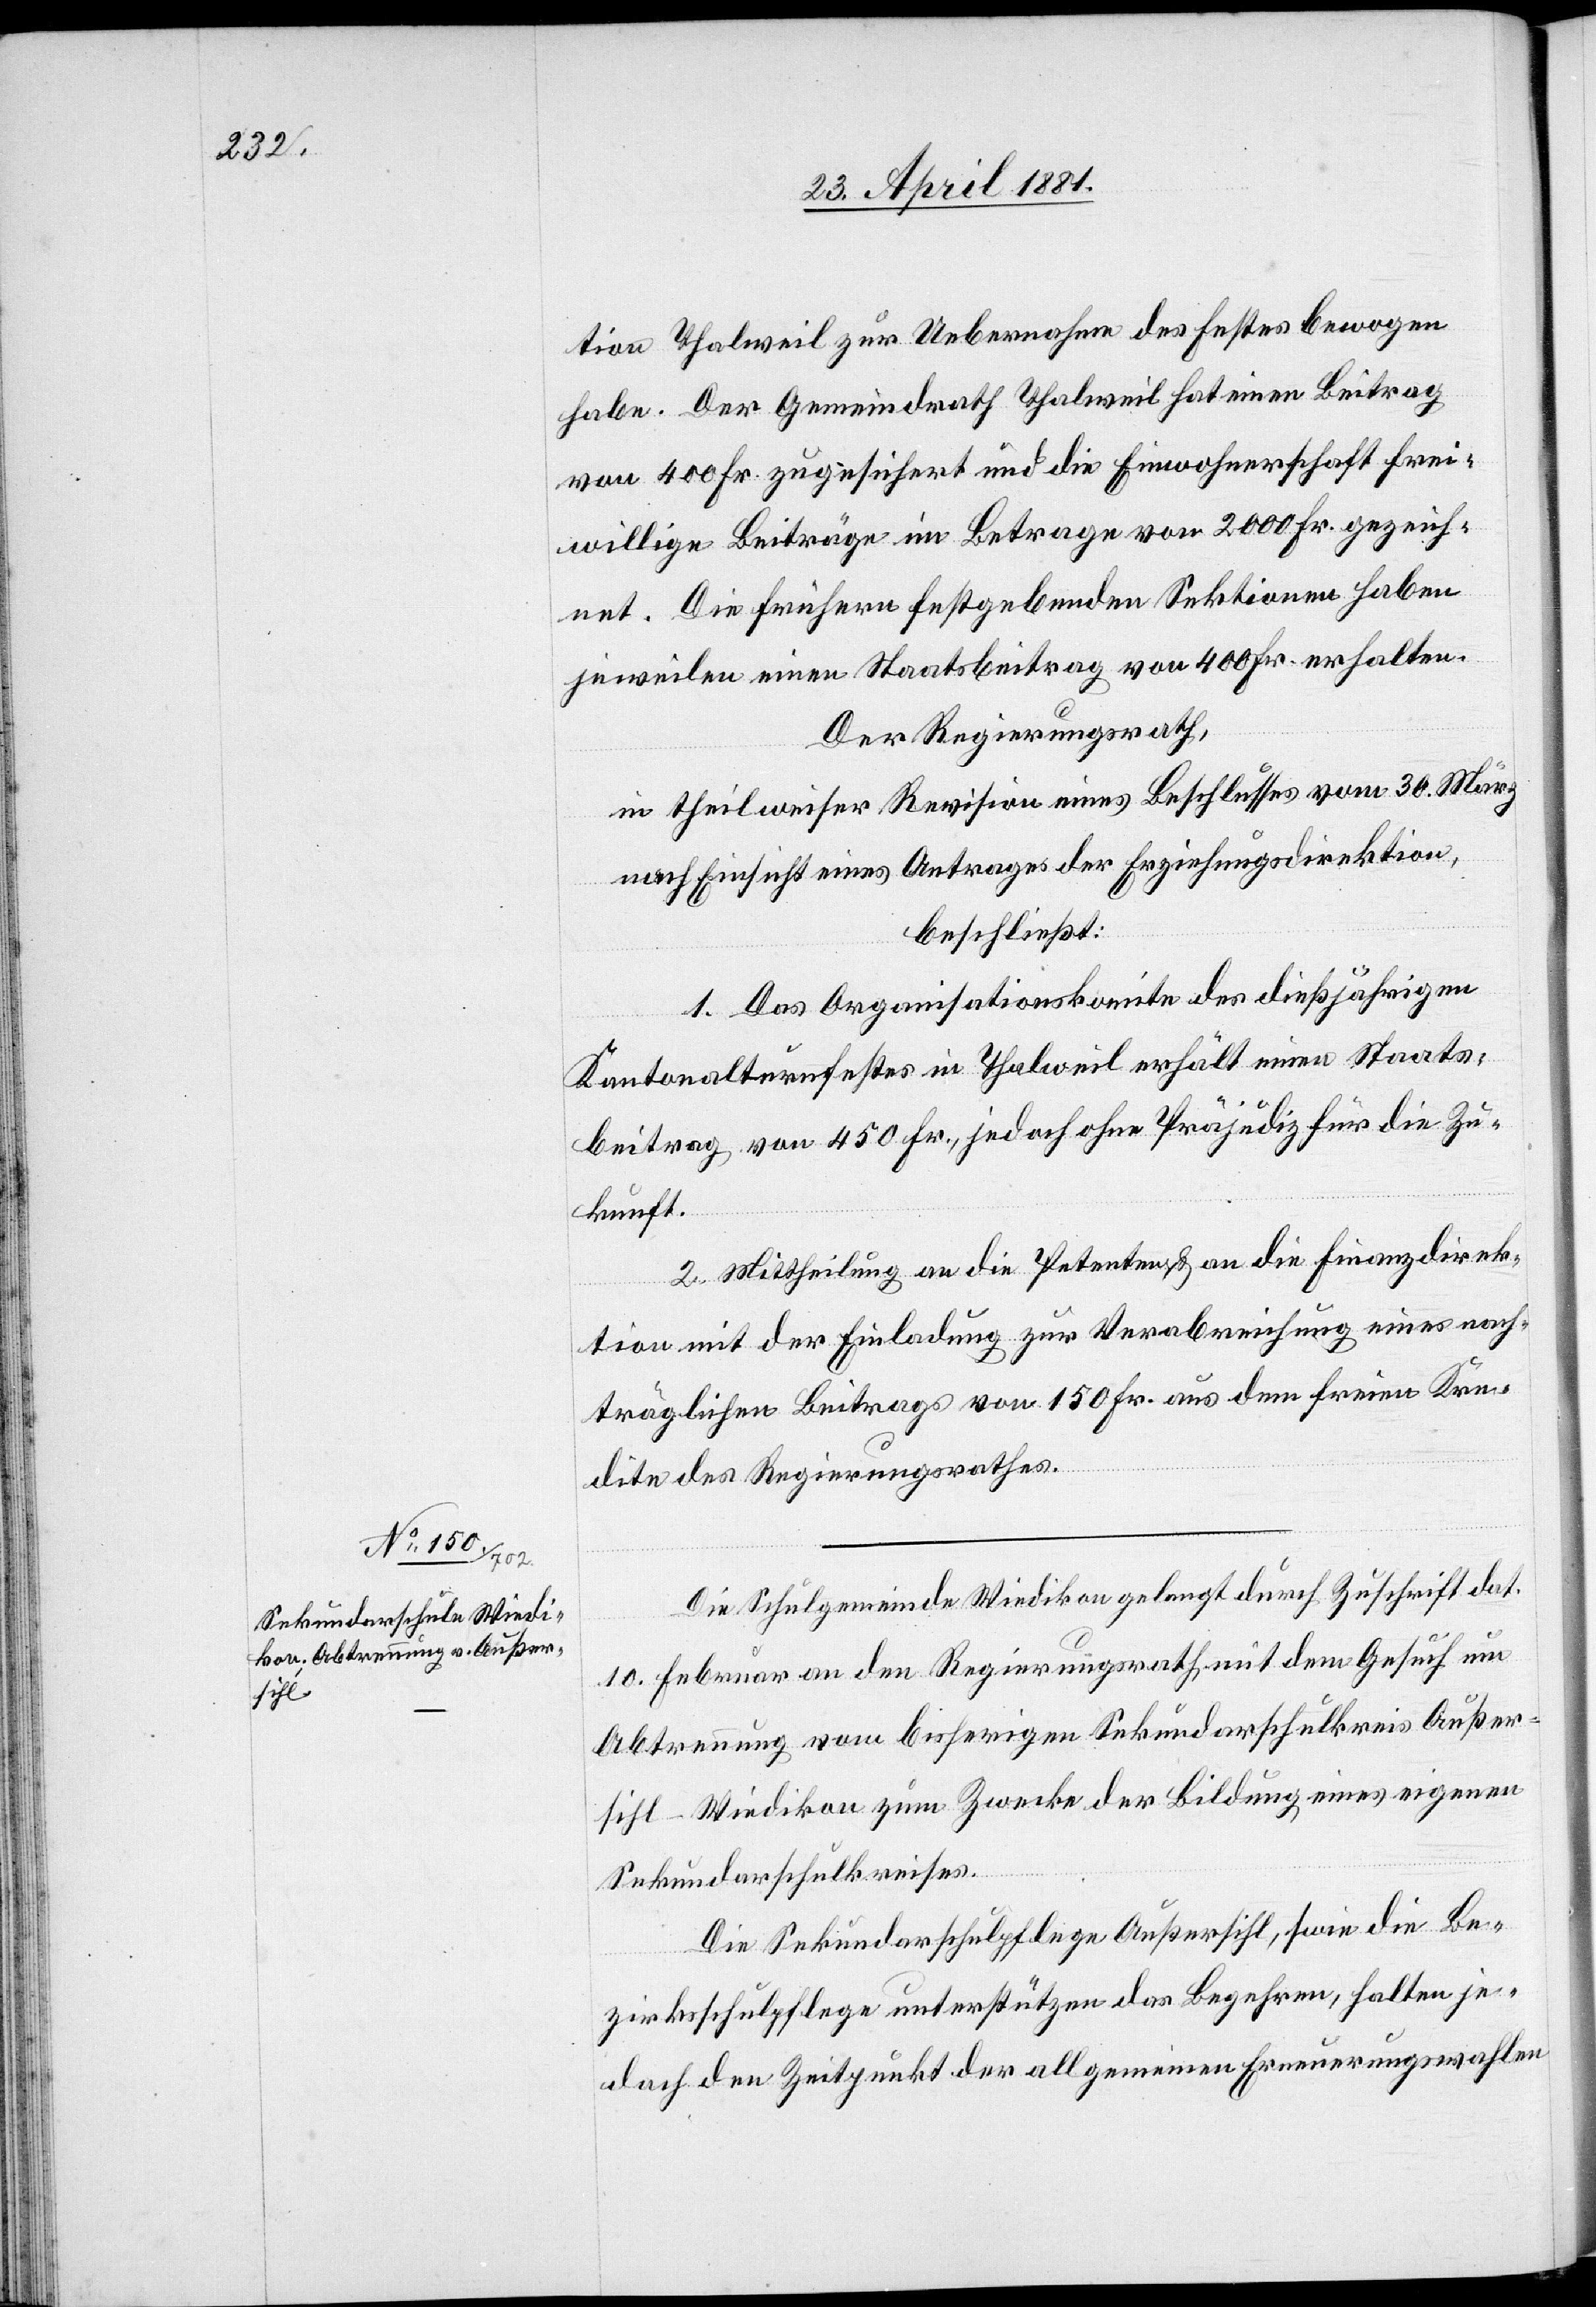
tion Thalweil zur Uebernahme des Festes bewogen
habe. Der Gemeindrath Thalweil hat einen Beitrag
von 400 Fr. zugesichert und die Einwohnerschaft frei¬
willige Beiträge im Betrage von 2000 Fr. gezeich¬
net. Die frühern festgebenden Sektionen haben
jeweilen einen Staatsbeitrag von 400 Fr. erhalten.
Der Regierungsrath,
in theilweiser Revision eines Beschlusses vom 30. März,
nach Einsicht eines Antrages der Erziehungsdirektion,
beschließt:
1. Das Organisationskomite des dießjährigen
Kantonalturnfestes in Thalweil erhält einen Staats¬
beitrag von 450 Fr., jedoch ohne Präjudiz für die Zu¬
kunft.
2. Mittheilung an die Petenten & an die Erziehungsdirek¬
tion mit der Einladung zur Verabreichung eines nach¬
träglichen Beitrags von 150 Fr. aus dem freien Kre¬
dite des Regierungsrathes.
Die Schulgemeinde Wiedikon gelangt durch Zuschrift dat.
10. Februar an den Regierungsrath mit dem Gesuch um
Abtrennung vom bisherigen Sekundarschulkreis Außer¬
sihl-Wiedikon zum Zwecke der Bildung eines eigenen
Sekundarschulkreises.
Die Sekundarschulpflege Außersihl, sowie die Be¬
zirksschulpflege unterstützen das Begehren, halten je¬
doch den Zeitpunkt der allgemeinen Erneuerungswahlen